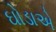
ઘોડાએ